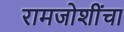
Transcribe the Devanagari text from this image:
रामजोशींचा